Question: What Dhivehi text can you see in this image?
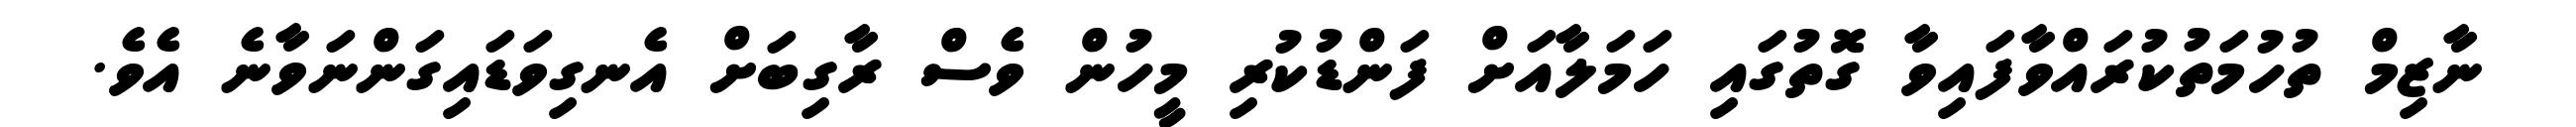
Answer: ނާޒިމް ތުހުމަތުކުރައްވާފައިވާ ގޮތުގައި ހަމަލާއަށް ފަންޑުކުރި މީހުން ވެސް ރާގިބަށް އެނގިވަޑައިގަންނަވާނެ އެވެ.